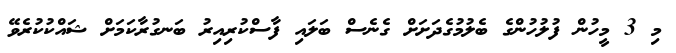
މި 3 މީހުން ފުލުހުންގެ ބެލުމުގެދަށަށް ގެނެސް ބަލައި ފާސްކުރިއިރު ބަނގުރާކަމަށް ޝައްކުކުރެވޭ